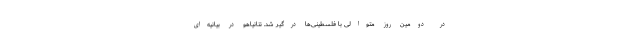
در دومین روز متوالی با فلسطینی‌ها درگیر شد. نتانیاهو در بیانیه‌ای